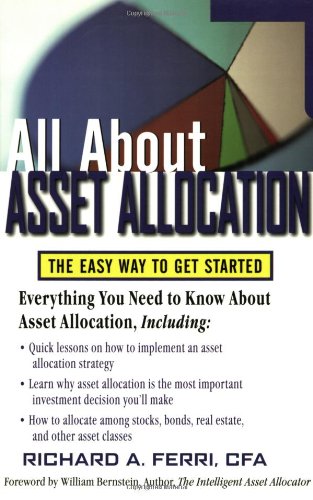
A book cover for All About Asset Allocation; Richard Ferri; Business & Money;